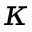
\kappa